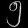
Digit: ၅